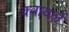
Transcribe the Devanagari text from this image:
क्वायलें